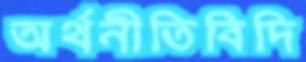
অর্থনীতিবিদি